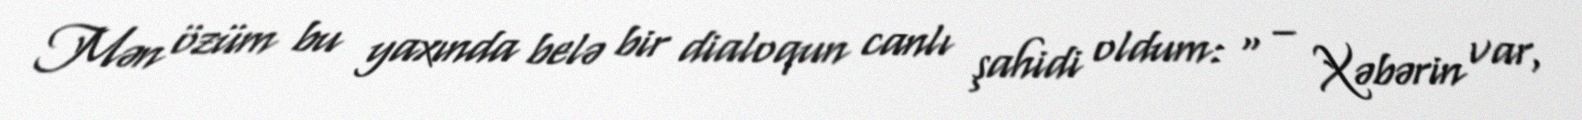
Mən özüm bu yaxında belə bir dialoqun canlı şahidi oldum: “ – Xəbərin var,